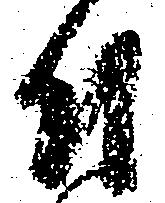
付